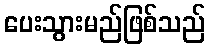
ပေးသွားမည်ဖြစ်သည်